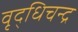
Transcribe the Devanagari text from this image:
वृद्धिचन्द्र